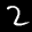
Label: 2